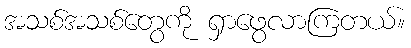
အသစ်အသစ်တွေကို ရှာဖွေလာကြတယ်။